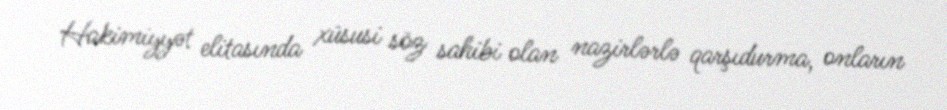
Hakimiyyət elitasında xüsusi söz sahibi olan nazirlərlə qarşıdurma, onların